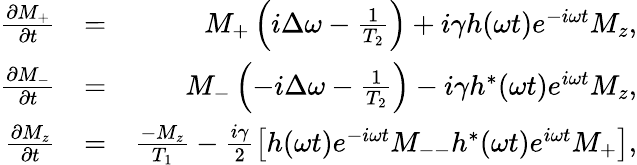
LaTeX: \begin{array}{rlr}{\frac{\partial M_{+}}{\partial t}}&{=}&{M_{+}\left(i\Delta\omega-\frac{1}{T_{2}}\right)+i\gamma h(\omega t)e^{-i\omega t}M_{z},}\\ {\frac{\partial M_{-}}{\partial t}}&{=}&{M_{-}\left(-i\Delta\omega-\frac{1}{T_{2}}\right)-i\gamma h^{*}(\omega t)e^{i\omega t}M_{z},}\\ {\frac{\partial M_{z}}{\partial t}}&{=}&{\frac{-M_{z}}{T_{1}}-\frac{i\gamma}{2}\left[h(\omega t)e^{-i\omega t}M_{--}h^{*}(\omega t)e^{i\omega t}M_{+}\right],}\end{array}